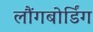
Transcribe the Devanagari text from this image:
लौंगबोर्डिंग